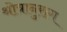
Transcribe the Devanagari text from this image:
श्रोत्रानुराग